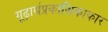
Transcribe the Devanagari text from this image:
गूढ़ार्थप्रकाशिकाकार